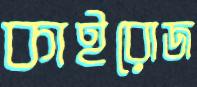
কাইরোজ